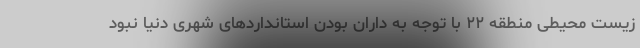
زیست محیطی منطقه ۲۲ با توجه به داران بودن استانداردهای شهری دنیا نبود